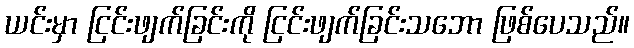
ယင်းမှာ ငြင်းဖျက်ခြင်းကို ငြင်းဖျက်ခြင်းသဘော ဖြစ်ပေသည်။